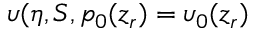
\upsilon ( \eta , S , p _ { 0 } ( z _ { r } ) = \upsilon _ { 0 } ( z _ { r } )